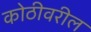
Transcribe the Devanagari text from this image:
कोठीवरील